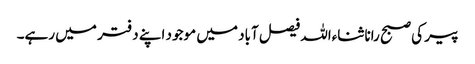
پیر کی صبح رانا ثناءاللہ فیصل آباد میں موجود اپنے دفتر میں رہے۔